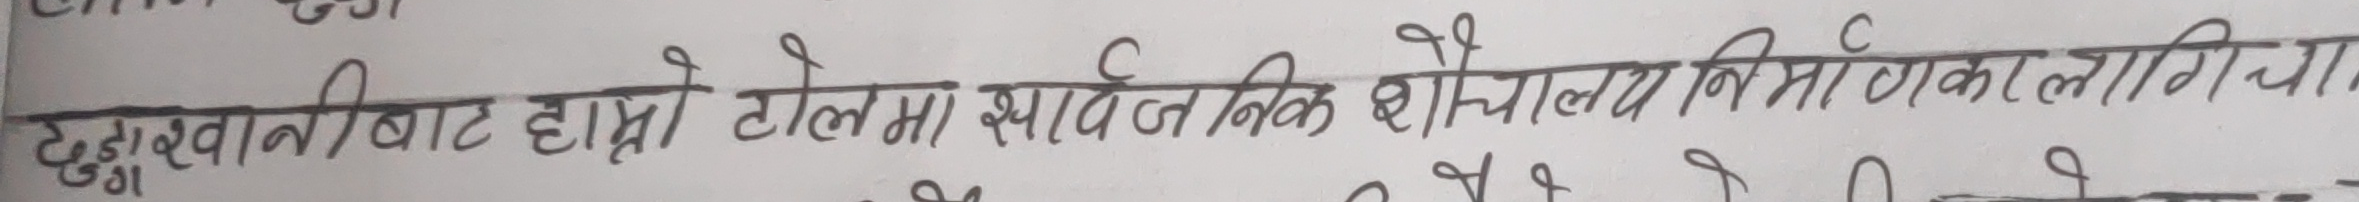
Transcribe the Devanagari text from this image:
टुल्दुखानीबाट हाम्रो टोलमा सार्वजनिक शौचालय निर्माणका लागि था